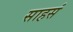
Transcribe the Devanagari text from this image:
साहसं